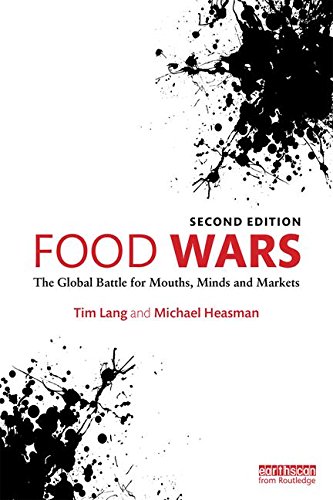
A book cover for Food Wars: The Global Battle for Mouths, Minds and Markets; Tim Lang; Science & Math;